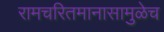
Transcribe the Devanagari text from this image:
रामचरितमानासामुळेच